Scottish Certificate of Education, 1963
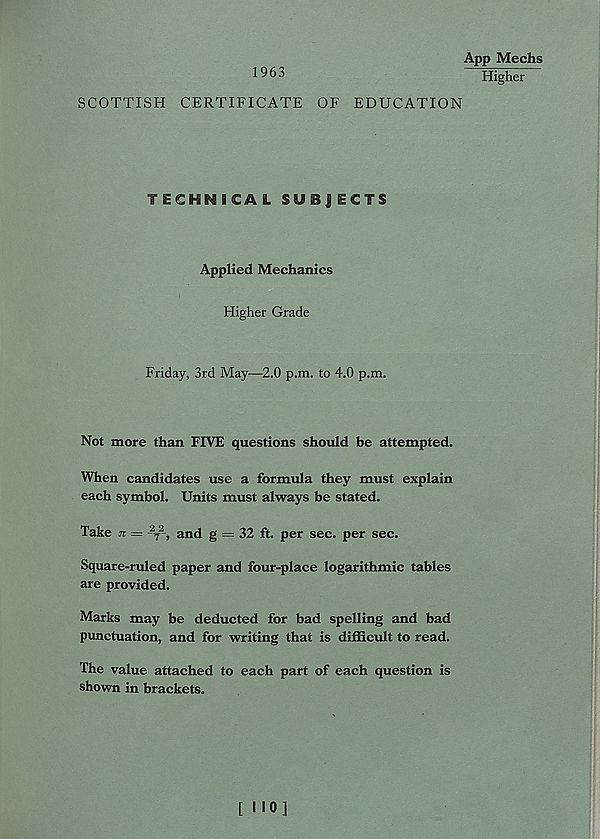
1963
App Mechs
Higher
SCOTTISH CERTIFICATE OF EDUCATION
TECHNICAL SUBJECTS
Applied Mechanics
Higher Grade
Friday, 3rd May—2.0 p.m. to 4.0 p.m.
Not more than FIVE questions should be attempted.
When candidates use a formula they must explain
each symbol. Units must always be stated.
Take n = - T
2 -, and g = 32 ft. per sec. per sec.
Square-ruled paper and four-place logarithmic tables
are provided.
Marks may be deducted for bad spelling and bad
punctuation, and for writing that is difficult to read.
The value attached to each part of each question is
shown in brackets.
f NO]